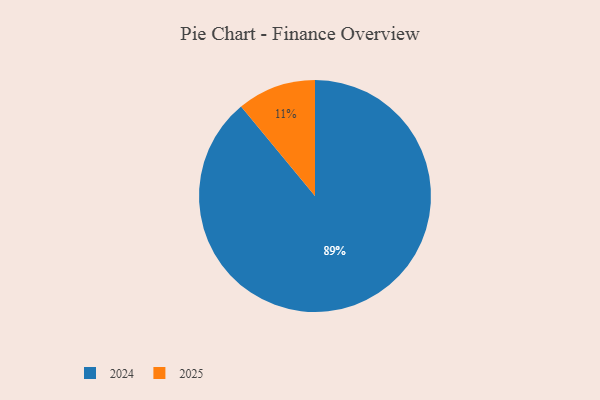
{"axis": {"x": "Category", "y": "Percentage"}, "legend": ["2024", "2025"], "data": [{"x": "2024", "y": 89, "type": "2024"}, {"x": "2025", "y": 11, "type": "2025"}]}